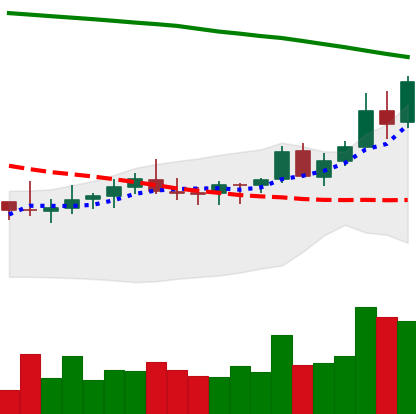
Ticker: XLM-USD
Chart end date: 2021-08-13
Forward return: -4.784%
Label: down_3_5